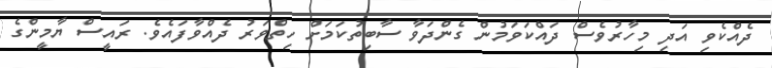
ދެއްކެވި އަދި މިހާރުވެސް ދައްކަވަމުން ގެންދަވާ ސާބިތުކަމަށް ހިތްވަރު ދެއްވާފައެވެ. ރައީސް ޔާމީންގެ